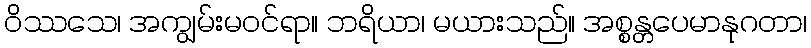
ဝိဿသေ၊ အကျွမ်းမဝင်ရာ။ ဘရိယာ၊ မယားသည်။ အစ္စန္တပေမာနုဂတာ၊